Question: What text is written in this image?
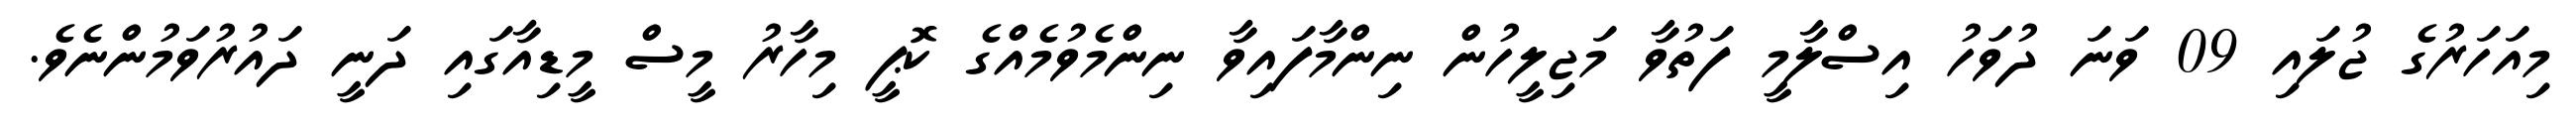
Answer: މިއަހަރުގެ ޖުލައި 09 ވަނަ ދުވަހު އިސްލާމީ ފަތުވާ މަޖިލީހުން ނިންމާފައިވާ ނިންމެވުމެއްގެ ކޮޕީ މިހާރު މީސް މީޑިއާގައި ދަނީ ދައުރުވަމުންނެވެ.